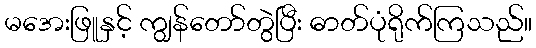
မအေးဖြူနှင့် ကျွန်တော်တွဲပြီး ဓာတ်ပုံရိုက်ကြသည်။